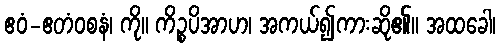
ဧဝံ-ဧတံဝစနံ၊ ကို။ ကိဉ္စပိအာဟ၊ အကယ်၍ကားဆို၏။ အထခေါ၊